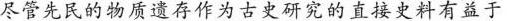
尽管先民的物质遗存作为古史研究的直接史料有益于